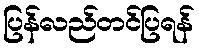
ပြန်လည်တင်ပြရန်